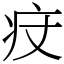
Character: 㽴